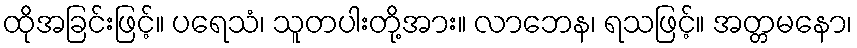
ထိုအခြင်းဖြင့်။ ပရေသံ၊ သူတပါးတို့အား။ လာဘေန၊ ရသဖြင့်။ အတ္တမနော၊